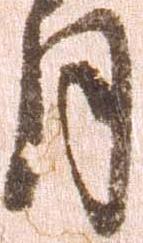
月